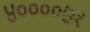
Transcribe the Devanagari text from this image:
४००००७१